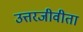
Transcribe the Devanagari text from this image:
उत्तरजीवीता